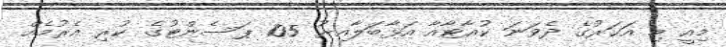
މިއީ މި އަހަރުގެ ދެވަނަ ކުއާޓާއާ އަޅާބަލާއިރު 105 ޕަސެންޓުގެ ކުރި އެރުމެއް